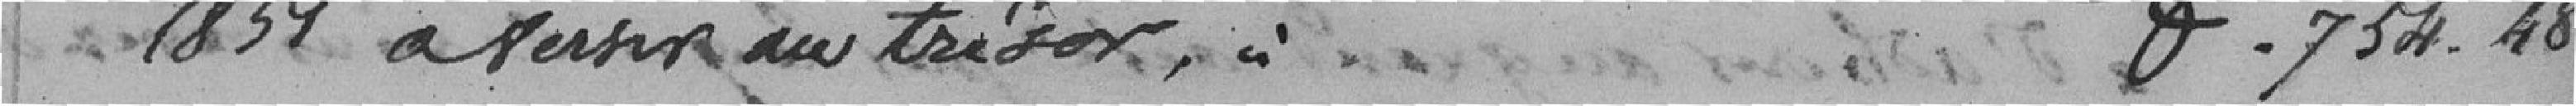
1851 à verser au trésor.                            f, 754.48